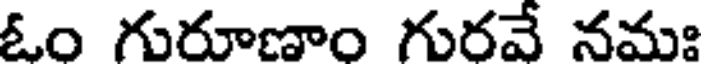
ఓం గురూణాం గురవే నమః